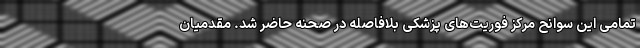
تمامی این سوانح مرکز فوریت‌های پزشکی بلافاصله در صحنه حاضر شد. مقدمیان